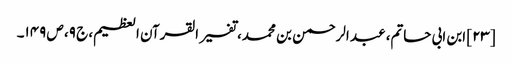
[۲۳] ابن ابی حاتم، عبد الرحمن بن محمد، تفسیر القرآن العظیم، ج ۹، ص ۱۴۹۔